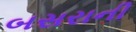
બસરાની